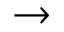
\to